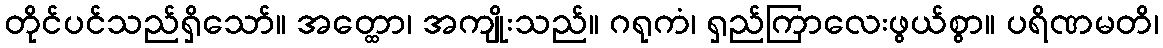
တိုင်ပင်သည်ရှိသော်။ အတ္ထော၊ အကျိုးသည်။ ဂရုကံ၊ ရှည်ကြာလေးဖွယ်စွာ။ ပရိဏမတိ၊